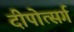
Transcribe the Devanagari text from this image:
दीपोत्सर्ग